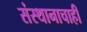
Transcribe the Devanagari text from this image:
संस्थानाचाही